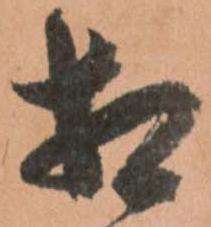
相